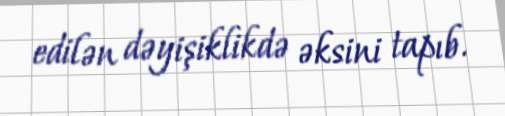
edilən dəyişiklikdə əksini tapıb.